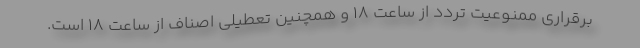
برقراری ممنوعیت تردد از ساعت ۱۸ و همچنین تعطیلی اصناف از ساعت ۱۸ است.